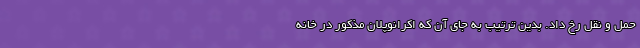
حمل و نقل رخ داد. بدین ترتیب به جای آن که اکرانوپلان مذکور در خانه